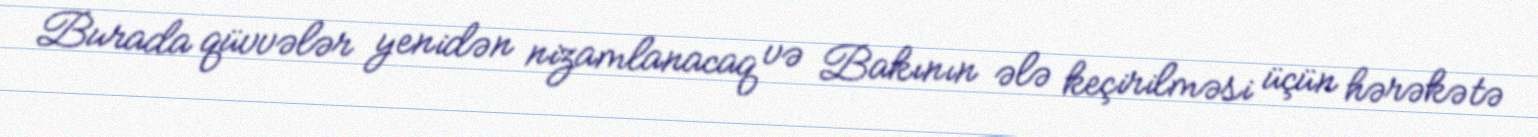
Burada qüvvələr yenidən nizamlanacaq və Bakının ələ keçirilməsi üçün hərəkətə